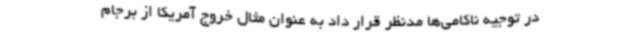
در توجیه ناکامی‌ها مدنظر قرار داد به عنوان مثال خروج آمریکا از برجام